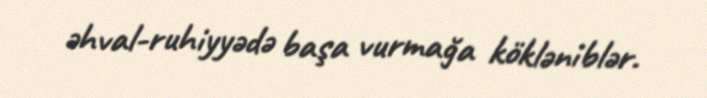
əhval-ruhiyyədə başa vurmağa kökləniblər.